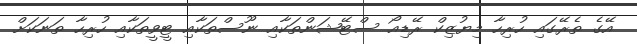
އޭގެ ތެރޭގައި ހުރިހާ މިޔުޒިކް ރޭޑިއޯ ސްޓޭޝަންތަކާއި ނޫސްތަކާއި ޓީވީތަކާއި ހުރިހާ ތަނަކަށް